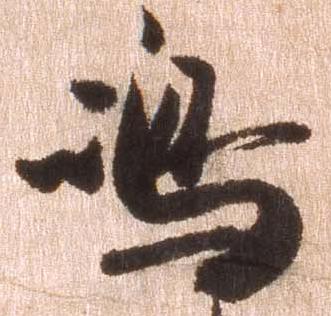
島